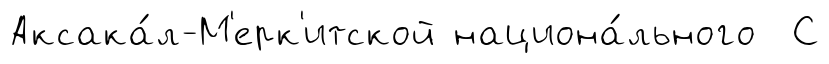
Аксака́л-М'ерк'итской национа́льного С